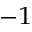
^ { - 1 }